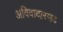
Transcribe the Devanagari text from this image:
अविवादास्पद